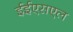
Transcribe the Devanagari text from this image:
ईईएसएल